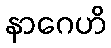
နာဂေဟိ